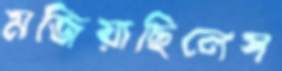
মজিয়াছিলেস